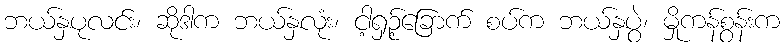
ဘယ်နှပုလင်း၊ ဆိုဒါက ဘယ်နှလုံး၊ ငါ့ရှဉ့်ခြောက် စပ်က ဘယ်နှပွဲ၊ မှိုကန်စွန်းက